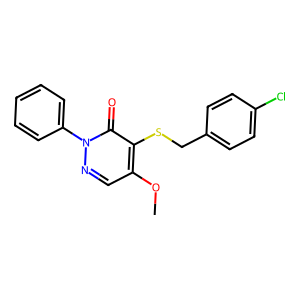
SMILES: COc1cnn(-c2ccccc2)c(=O)c1SCc1ccc(Cl)cc1
Inhibits HIV replication: No